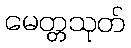
မေတ္တသုတ်